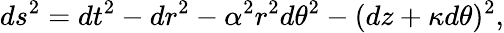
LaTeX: ds^{2}=dt^{2}-dr^{2}-\alpha^{2}r^{2}d\theta^{2}-(dz+\kappa d\theta)^{2},